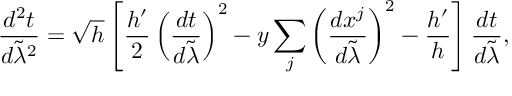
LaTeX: { \frac { d ^ { 2 } t } { d \tilde { \lambda } ^ { 2 } } } = \sqrt { h } \left[ { \frac { h ^ { \prime } } { 2 } } \left( { \frac { d t } { d \tilde { \lambda } } } \right) ^ { 2 } - y \sum _ { j } \left( { \frac { d x ^ { j } } { d \tilde { \lambda } } } \right) ^ { 2 } - { \frac { h ^ { \prime } } { h } } \right] { \frac { d t } { d \tilde { \lambda } } } ,